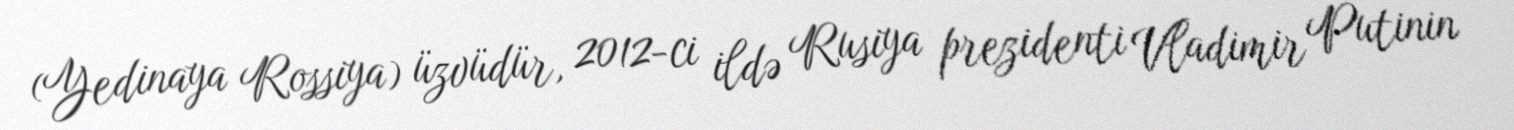
(Yedinaya Rossiya) üzvüdür, 2012-ci ildə Rusiya prezidenti Vladimir Putinin